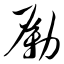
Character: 励